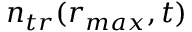
n _ { t r } ( r _ { m a x } , t )